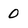
Character: 0